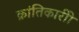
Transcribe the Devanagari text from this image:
क्रांतिकारीी